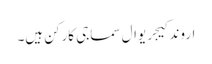
اروند کیجریوال سماجی کارکن ہیں۔